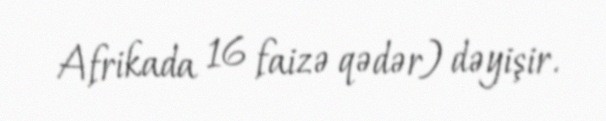
Afrikada 16 faizə qədər) dəyişir.